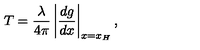
T = \frac { \lambda } { 4 \pi } \left\vert \frac { d g } { d x } \right\vert _ { x = x _ { H } } ,